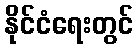
နိုင်ငံရေးတွင်